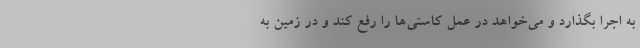
به اجرا بگذارد و می‌خواهد در عمل کاستی‌ها را رفع کند و در زمین به